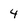
Character: 4